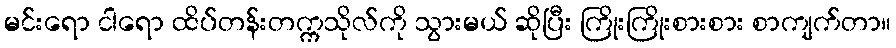
မင်းရော ငါရော ထိပ်တန်းတက္ကသိုလ်ကို သွားမယ် ဆိုပြီး ကြိုးကြိုးစားစား စာကျက်တာ။